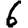
Digit: 6